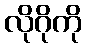
လိုဂိုကို